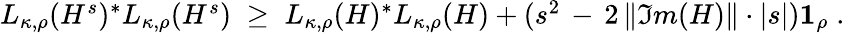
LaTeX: \begin{array}{r}{L_{\kappa,\rho}(H^{s})^{*}L_{\kappa,\rho}(H^{s})\; \geq\; L_{\kappa,\rho}(H)^{*}L_{\kappa,\rho}(H)+(s^{2}\, -\, 2\, \| \Im m(H)\| \cdot|s|)\boldsymbol{1}_{\rho}\; .}\end{array}